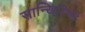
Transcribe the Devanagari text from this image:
सान्खियिकी